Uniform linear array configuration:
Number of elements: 48
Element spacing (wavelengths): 0.5
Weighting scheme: hann
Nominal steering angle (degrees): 45
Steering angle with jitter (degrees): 43.124
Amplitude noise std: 0.05
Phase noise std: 0.05

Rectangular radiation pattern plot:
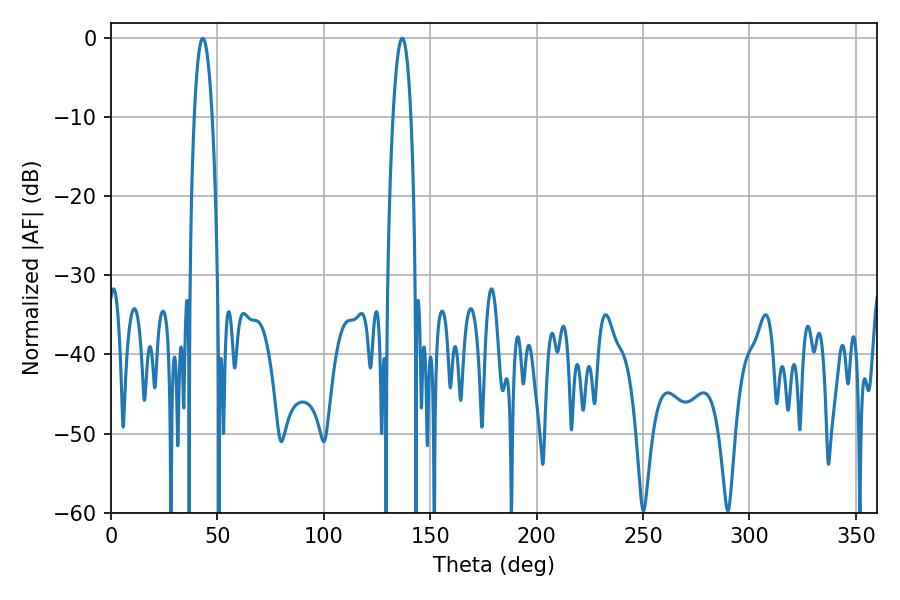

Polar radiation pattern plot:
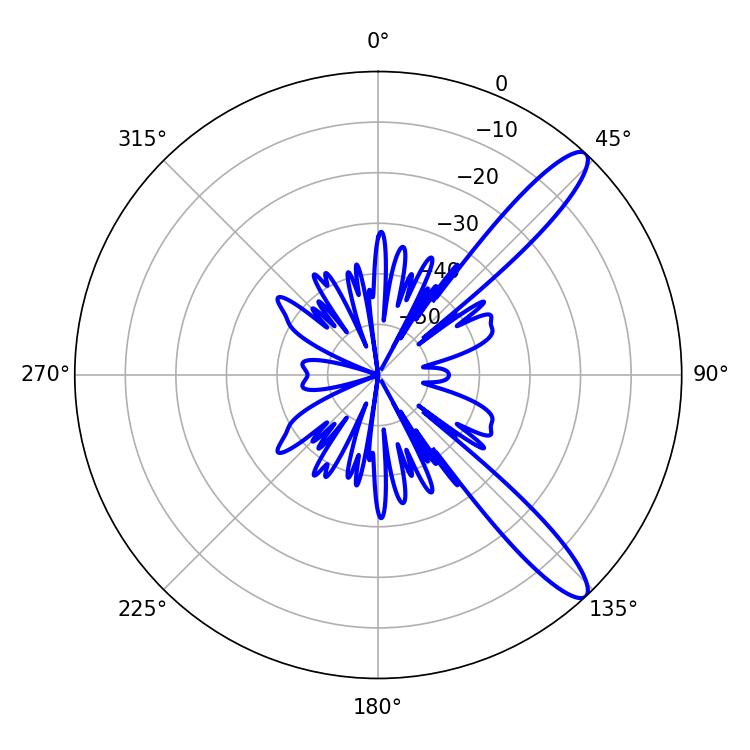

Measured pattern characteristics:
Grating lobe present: FALSE
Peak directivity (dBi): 12.205
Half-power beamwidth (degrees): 4.68
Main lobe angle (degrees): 136.8